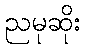
ညမုဆိုး